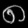
Digit: ၈